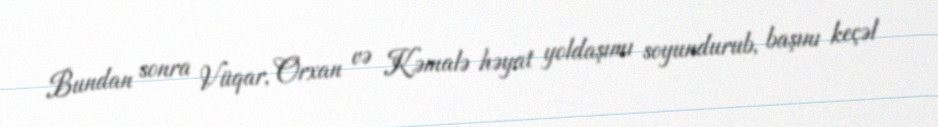
Bundan sonra Vüqar, Orxan və Kəmalə həyat yoldaşımı soyundurub, başını keçəl